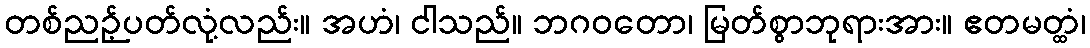
တစ်ညဉ့်ပတ်လုံ့လည်း။ အဟံ၊ ငါသည်။ ဘဂဝတော၊ မြတ်စွာဘုရားအား။ ဧတမတ္ထံ၊